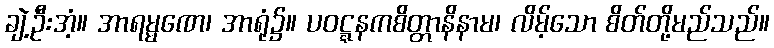
ချဲ့ဦးအံ့။ အာရမ္မဏေ၊ အာရုံ၌။ ပဝဋ္ဋနကစိတ္တာနိနာမ၊ လိမ့်သော စိတ်တို့မည်သည်။